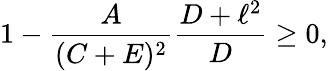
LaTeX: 1-{\frac{A}{(C+E)^{2}}}{\frac{D+\ell^{2}}{D}}\geq 0,